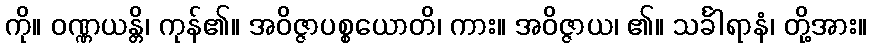
ကို။ ဝဏ္ဏယန္တိ၊ ကုန်၏။ အဝိဇ္ဇာပစ္စယောတိ၊ ကား။ အဝိဇ္ဇာယ၊ ၏။ သင်္ခါရာနံ၊ တို့အား။